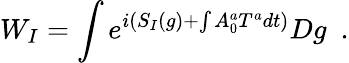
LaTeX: W_{I}=\int e^{i(S_{I}(g)+\int A_{0}^{a}T^{a}dt)}Dg\ \ .